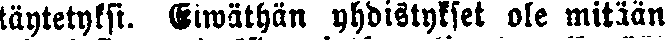
täytetyksi. Eiwäthän yhdistykset ole mitään